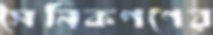
সৈনিকগণের